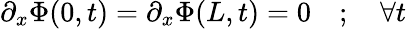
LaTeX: \partial_{x}\Phi(0,t)=\partial_{x}\Phi(L,t)=0\quad;\quad\forall t